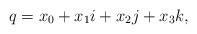
LaTeX: \begin{align*}q=x_{0}+x_{1}i+x_{2}j+x_{3}k,\end{align*}